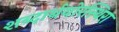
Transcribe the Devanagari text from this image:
शब्दार्थयोरस्थिरा